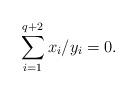
LaTeX: \begin{align*}\sum_{i=1}^{q+2} x_i/y_i=0.\end{align*}